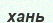
хань